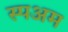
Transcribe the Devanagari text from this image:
स्पअम